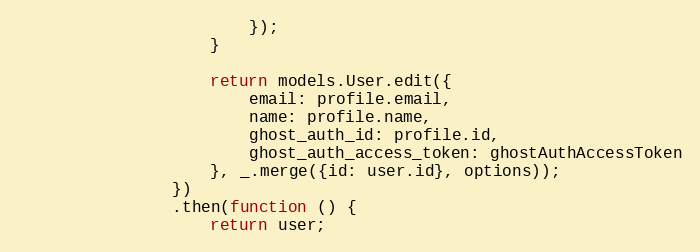
Language: JavaScript
                        });
                    }

                    return models.User.edit({
                        email: profile.email,
                        name: profile.name,
                        ghost_auth_id: profile.id,
                        ghost_auth_access_token: ghostAuthAccessToken
                    }, _.merge({id: user.id}, options));
                })
                .then(function () {
                    return user;